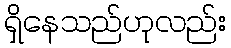
ရှိနေသည်ဟုလည်း